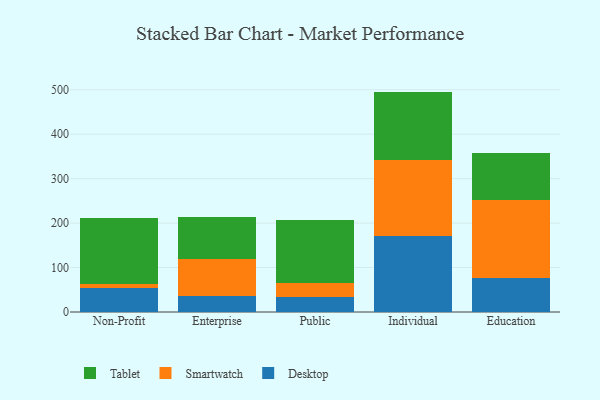
{"axis": {"x": "Segment", "y": "Latency (ms)"}, "legend": ["Desktop", "Smartwatch", "Tablet"], "data": [{"x": "Non-Profit", "y": 53.4, "type": "Desktop"}, {"x": "Non-Profit", "y": 10.5, "type": "Smartwatch"}, {"x": "Non-Profit", "y": 146.8, "type": "Tablet"}, {"x": "Enterprise", "y": 35.7, "type": "Desktop"}, {"x": "Enterprise", "y": 84.2, "type": "Smartwatch"}, {"x": "Enterprise", "y": 94.5, "type": "Tablet"}, {"x": "Public", "y": 34.7, "type": "Desktop"}, {"x": "Public", "y": 30.4, "type": "Smartwatch"}, {"x": "Public", "y": 141.1, "type": "Tablet"}, {"x": "Individual", "y": 171.0, "type": "Desktop"}, {"x": "Individual", "y": 171.2, "type": "Smartwatch"}, {"x": "Individual", "y": 153.5, "type": "Tablet"}, {"x": "Education", "y": 76.1, "type": "Desktop"}, {"x": "Education", "y": 175.0, "type": "Smartwatch"}, {"x": "Education", "y": 105.8, "type": "Tablet"}]}